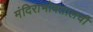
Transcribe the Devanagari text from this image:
मंदिराभोवतालची